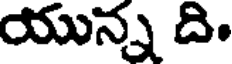
యున్న ది.